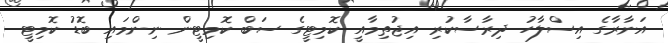
އަނާރާގެ އިސްލާހު ދިރާސާކުރި އިޖުތިމާއީ ކޮމިޓީގެ ސަބް ކޮމިޓީން ނިންމައި ބޮޑު ކޮމިޓީ